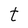
Character: t